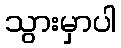
သွားမှာပါ